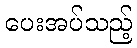
ပေးအပ်သည့်